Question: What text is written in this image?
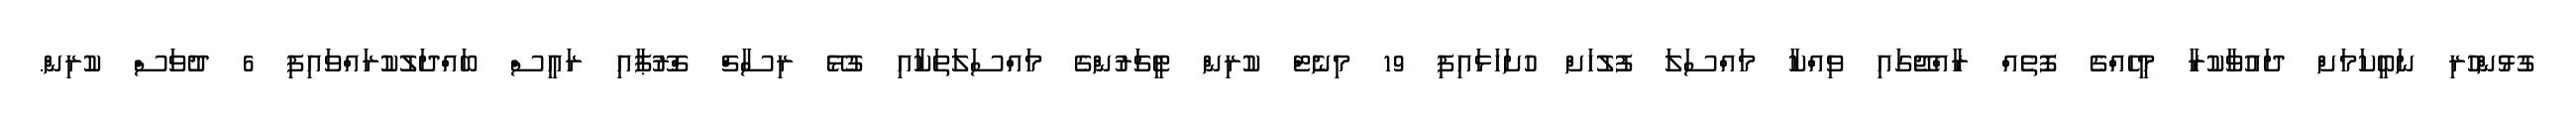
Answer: ގުޅުންހުރި ނަބީކަމަށް ދައުވާކުރާ މީހެއްގެ ފޮތެއް ރާއްޖޭގައި ވިއްކާ މައްސަލަ ފުލުހަށް ހުށަހަޅައިފި 19 މިނެޓް ކުރިން ޓީޗަރުންގެ މައްސަލަތަކާއި ގުޅޭ ރިސާޗް ގްރޫޕާއި ރައީސް ބައްދަލުކުރައްވައިފި 6 ދުވަސް ކުރިން.